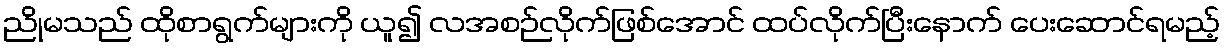
ညိုမသည် ထိုစာရွက်များကို ယူ၍ လအစဉ်လိုက်ဖြစ်အောင် ထပ်လိုက်ပြီးနောက် ပေးဆောင်ရမည့်